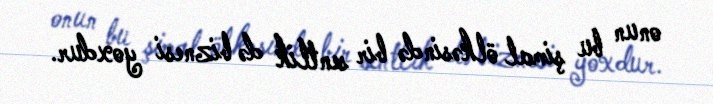
onun bu şimal ölkəsində bir sentlik də biznesi yoxdur.